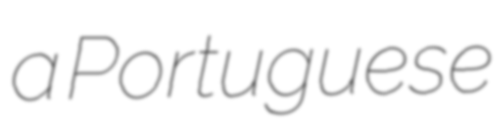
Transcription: a Portuguese